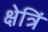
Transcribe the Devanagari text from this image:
क्षेत्रिं